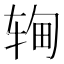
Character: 𬨉